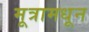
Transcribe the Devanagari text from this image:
मूत्रामधून